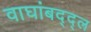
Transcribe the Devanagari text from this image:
वाघांबद्द्ल